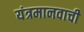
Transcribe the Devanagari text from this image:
यंत्रमानवाची